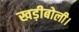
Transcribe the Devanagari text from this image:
खड़ीबोली।